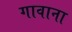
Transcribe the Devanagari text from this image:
गावाना